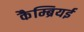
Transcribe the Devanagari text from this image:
कैम्ब्रियई